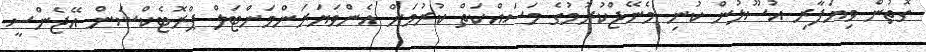
ގޮތުން ވިޔަފާރި އުސޫލުން ކުނި މެނޭޖްކުރުމުގެ މަސައްކަތް ކުރުމަށް އެންވަޔަރަންމަންޓަލް ޕްރޮޓެކްޝަން އޭޖެންސީ